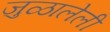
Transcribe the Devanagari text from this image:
जुळालेली